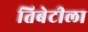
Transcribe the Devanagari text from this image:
तिबेटीला